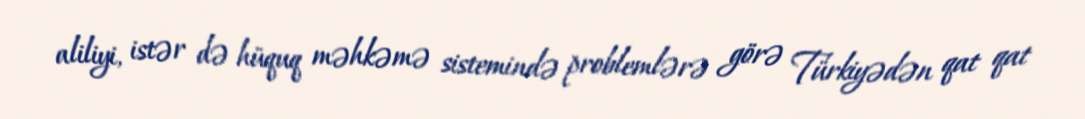
aliliyi, istər də hüquq məhkəmə sistemində problemlərə görə Türkiyədən qat qat